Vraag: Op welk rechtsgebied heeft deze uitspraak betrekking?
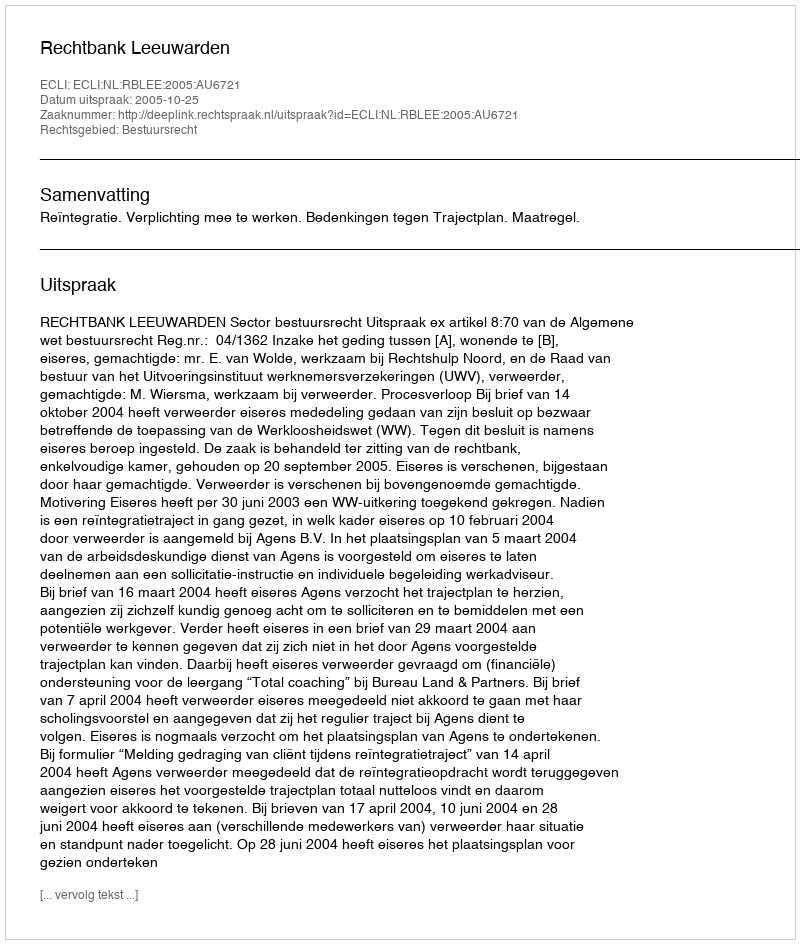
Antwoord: Bestuursrecht